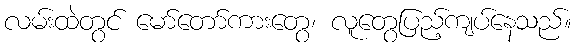
လမ်းထဲတွင် မော်တော်ကားတွေ၊ လူတွေပြည့်ကျပ်နေသည်။